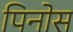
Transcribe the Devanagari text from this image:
पिनोस